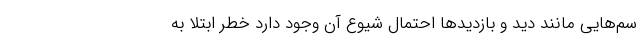
سم‌هایی مانند دید و بازدیدها احتمال شیوع آن وجود دارد خطر ابتلا به